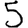
Digit: 5